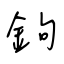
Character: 鉤